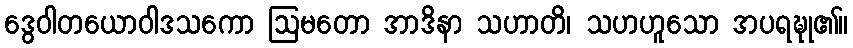
ဒွေဝါတယောဝါဒသကော ဩမတော အာဒိနာ သဟာတိ၊ သဟဟူသော အပရဍ္ဎု၏။